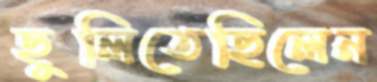
ছুলিতেছিলেন